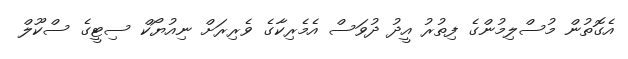
އެގޮތުން މުސްލިމުންގެ ފިތުރު އީދު ދުވަސް އެމެރިކާގެ ވެރިރަށް ނިއުޔޯކް ސިޓީގެ ސްކޫލް